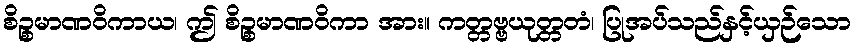
စိဉ္စမာဏဝိကာယ၊ ဤ စိဉ္စမာဏဝိကာ အား။ ကတ္တဗ္ဗယုတ္တတံ၊ ပြုအပ်သည်နှင့်ယှဉ်သော